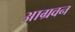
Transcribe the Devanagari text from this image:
आग्रवन